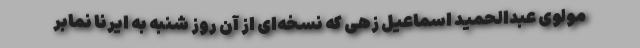
مولوی عبدالحمید اسماعیل زهی که نسخه‌ای از آن روز شنبه به ایرنا نمابر